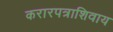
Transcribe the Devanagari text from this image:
करारपत्राशिवाय